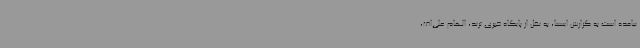
نیامده است به گزارش ایسنا، به نقل از پایگاه خبری ترند، الهام‌ علی‌اف،